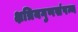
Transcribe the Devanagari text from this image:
क्षत्रियगुणसंपन्न